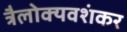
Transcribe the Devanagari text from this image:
त्रैलोक्यवशंकर